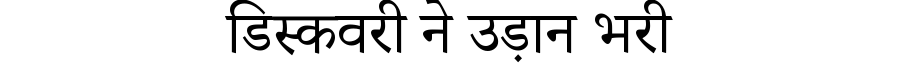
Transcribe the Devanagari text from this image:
डिस्कवरी ने उड़ान भरी